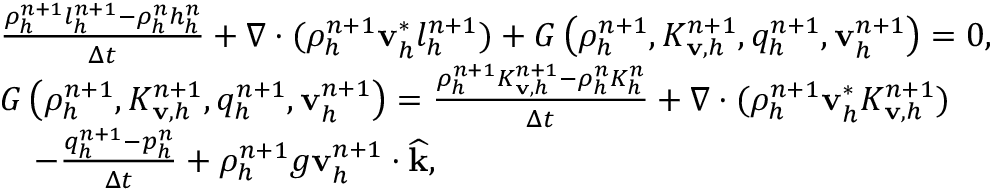
\begin{array} { r l } & { \frac { \rho _ { h } ^ { n + 1 } l _ { h } ^ { n + 1 } - \rho _ { h } ^ { n } h _ { h } ^ { n } } { \Delta t } + \nabla \cdot ( \rho _ { h } ^ { n + 1 } \mathbf v _ { h } ^ { * } l _ { h } ^ { n + 1 } ) + G \left( \rho _ { h } ^ { n + 1 } , K _ { \mathbf v , h } ^ { n + 1 } , q _ { h } ^ { n + 1 } , \mathbf v _ { h } ^ { n + 1 } \right) = 0 , } \\ & { G \left( \rho _ { h } ^ { n + 1 } , K _ { \mathbf v , h } ^ { n + 1 } , q _ { h } ^ { n + 1 } , \mathbf v _ { h } ^ { n + 1 } \right) = \frac { \rho _ { h } ^ { n + 1 } K _ { \mathbf v , h } ^ { n + 1 } - \rho _ { h } ^ { n } K _ { h } ^ { n } } { \Delta t } + \nabla \cdot ( \rho _ { h } ^ { n + 1 } \mathbf v _ { h } ^ { * } K _ { \mathbf v , h } ^ { n + 1 } ) } \\ & { \quad - \frac { q _ { h } ^ { n + 1 } - p _ { h } ^ { n } } { \Delta t } + \rho _ { h } ^ { n + 1 } g \mathbf v _ { h } ^ { n + 1 } \cdot \widehat { \mathbf k } , } \end{array}